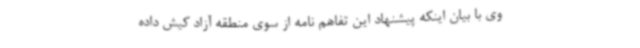
وی با بیان اینکه پیشنهاد این تفاهم نامه از سوی منطقه آزاد کیش داده